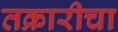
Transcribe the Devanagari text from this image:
तक्रारीचा